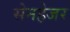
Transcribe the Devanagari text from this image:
सेनहेजर